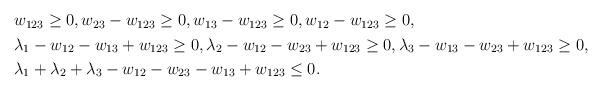
LaTeX: \begin{align*}\begin{aligned}&w_{123} \geq 0, w_{23} - w_{123} \geq 0, w_{13} - w_{123} \geq 0, w_{12} - w_{123} \geq 0, \\&\lambda_1 - w_{12} - w_{13} + w_{123}\geq 0, \lambda_2 - w_{12} - w_{23} + w_{123} \geq 0, \lambda_{3} - w_{13} - w_{23} + w_{123} \geq 0, \\&\lambda_1 + \lambda_2 + \lambda_3 -w_{12} - w_{23} - w_{13} + w_{123} \leq 0 .\end{aligned}\end{align*}